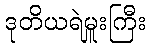
ဒုတိယရဲမှူးကြီး